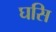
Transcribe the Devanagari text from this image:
घसि